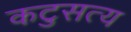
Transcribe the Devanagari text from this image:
कटुसत्य